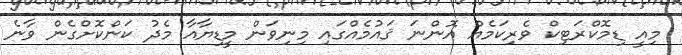
މިއީ ޑިމޮކްރަޓިކް ވެރިކަމެއް އޮންނަ ޤައުމެއްގައި މިނިވަން މީޑިޔާއާ މެދު ކަންކޮށްގެން ވާނެ